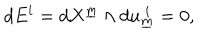
d E ^ { i } = d X ^ { \underline { { { m } } } } \wedge d u _ { \underline { { { m } } } } ^ { ~ i } = 0 , \qquad